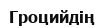
Гроцийдің